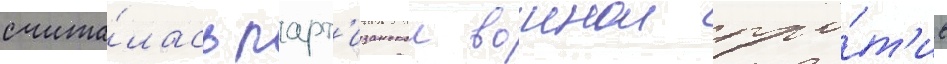
счита́лась парт'изанскои воинои про́т'ив